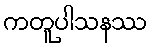
ကတူပါသနဿ